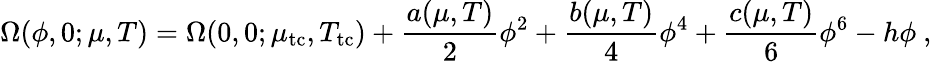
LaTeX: \Omega(\phi,0;\mu,T)=\Omega(0,0;\mu_{\mathrm{tc}},T_{\mathrm{tc}})+\frac{a(\mu,T)}{2}\phi^{2}+\frac{b(\mu,T)}{4}\phi^{4}+\frac{c(\mu,T)}{6}\phi^{6}-h\phi\ ,